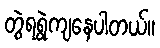
တွဲရရွဲကျနေပါတယ်။